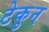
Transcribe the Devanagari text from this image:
टेकुन